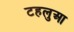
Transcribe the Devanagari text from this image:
टहलुआ